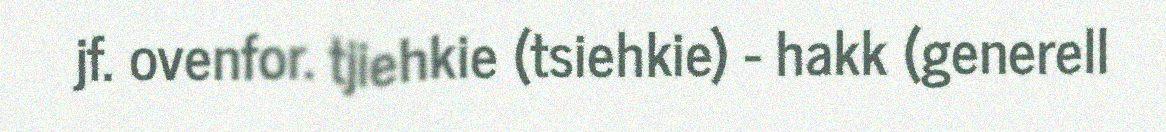
jf. ovenfor. tjiehkie (tsiehkie) - hakk (generell